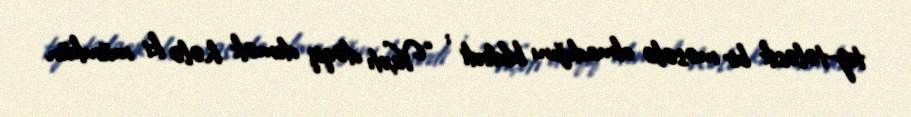
tez-tələsik bir məsələ olmadığını bildirdi : “Vaxtı dəqiq demək hələ ki mümkün